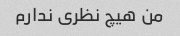
من هیچ نظری ندارم